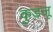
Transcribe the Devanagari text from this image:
कुडजू